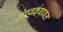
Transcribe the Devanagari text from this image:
नेटवर्कबाबत